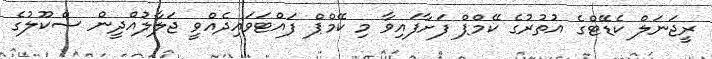
ރީޖަނަލް ކެޑޭޓްގެ އުތުރުގެ ކޭމްޕް ފަށާފައިވާ މި ކޭމްޕް ފައްޓަވައިދެއްވީ ޖަލާލުއްދީން ސްކޫލުގެ